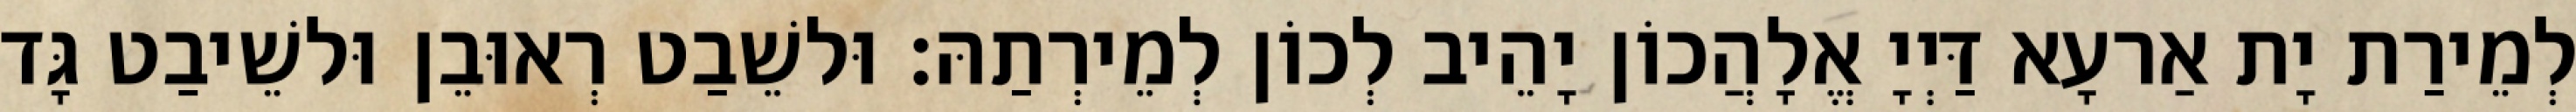
לְמֵירַת יָת אַרעָא דַּיְיָ אֱלָהֲכוֹן יָהֵיב לְכוֹן לְמֵירְתַהּ׃ וּלשֵׁבַט רְאוּבֵן וּלשֵׁיבַט גָּד